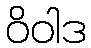
ဝိဝါဒ